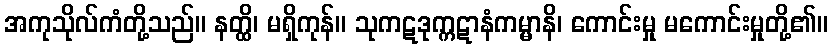
အကုသိုလ်ကံတို့သည်။ နတ္ထိ၊ မရှိကုန်။ သုကဋဒုက္ကဋာနံကမ္မာနိ၊ ကောင်းမှု မကောင်းမှုတို့၏။